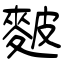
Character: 麬